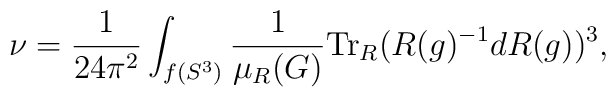
\nu = \frac{1}{24\pi^2} \int_{f(S^3)} \frac{1}{\mu_R (G)}   \mbox{Tr}_R (R(g)^{-1} d R(g))^3,